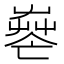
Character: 𦱺